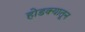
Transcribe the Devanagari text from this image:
होडक्यातून